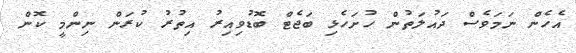
އެހެން ނަމަވެސް ދައުލަތުން ހުށަހެޅި ބަޖެޓް ބޮޑުވިއިރު އިތުރު ކުރަން ނިންމީ ކޮން